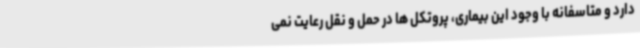
دارد و متاسفانه با وجود این بیماری، پروتکل ها در حمل و نقل رعایت نمی